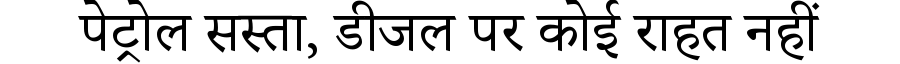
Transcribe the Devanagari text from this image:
पेट्रोल सस्ता, डीजल पर कोई राहत नहीं